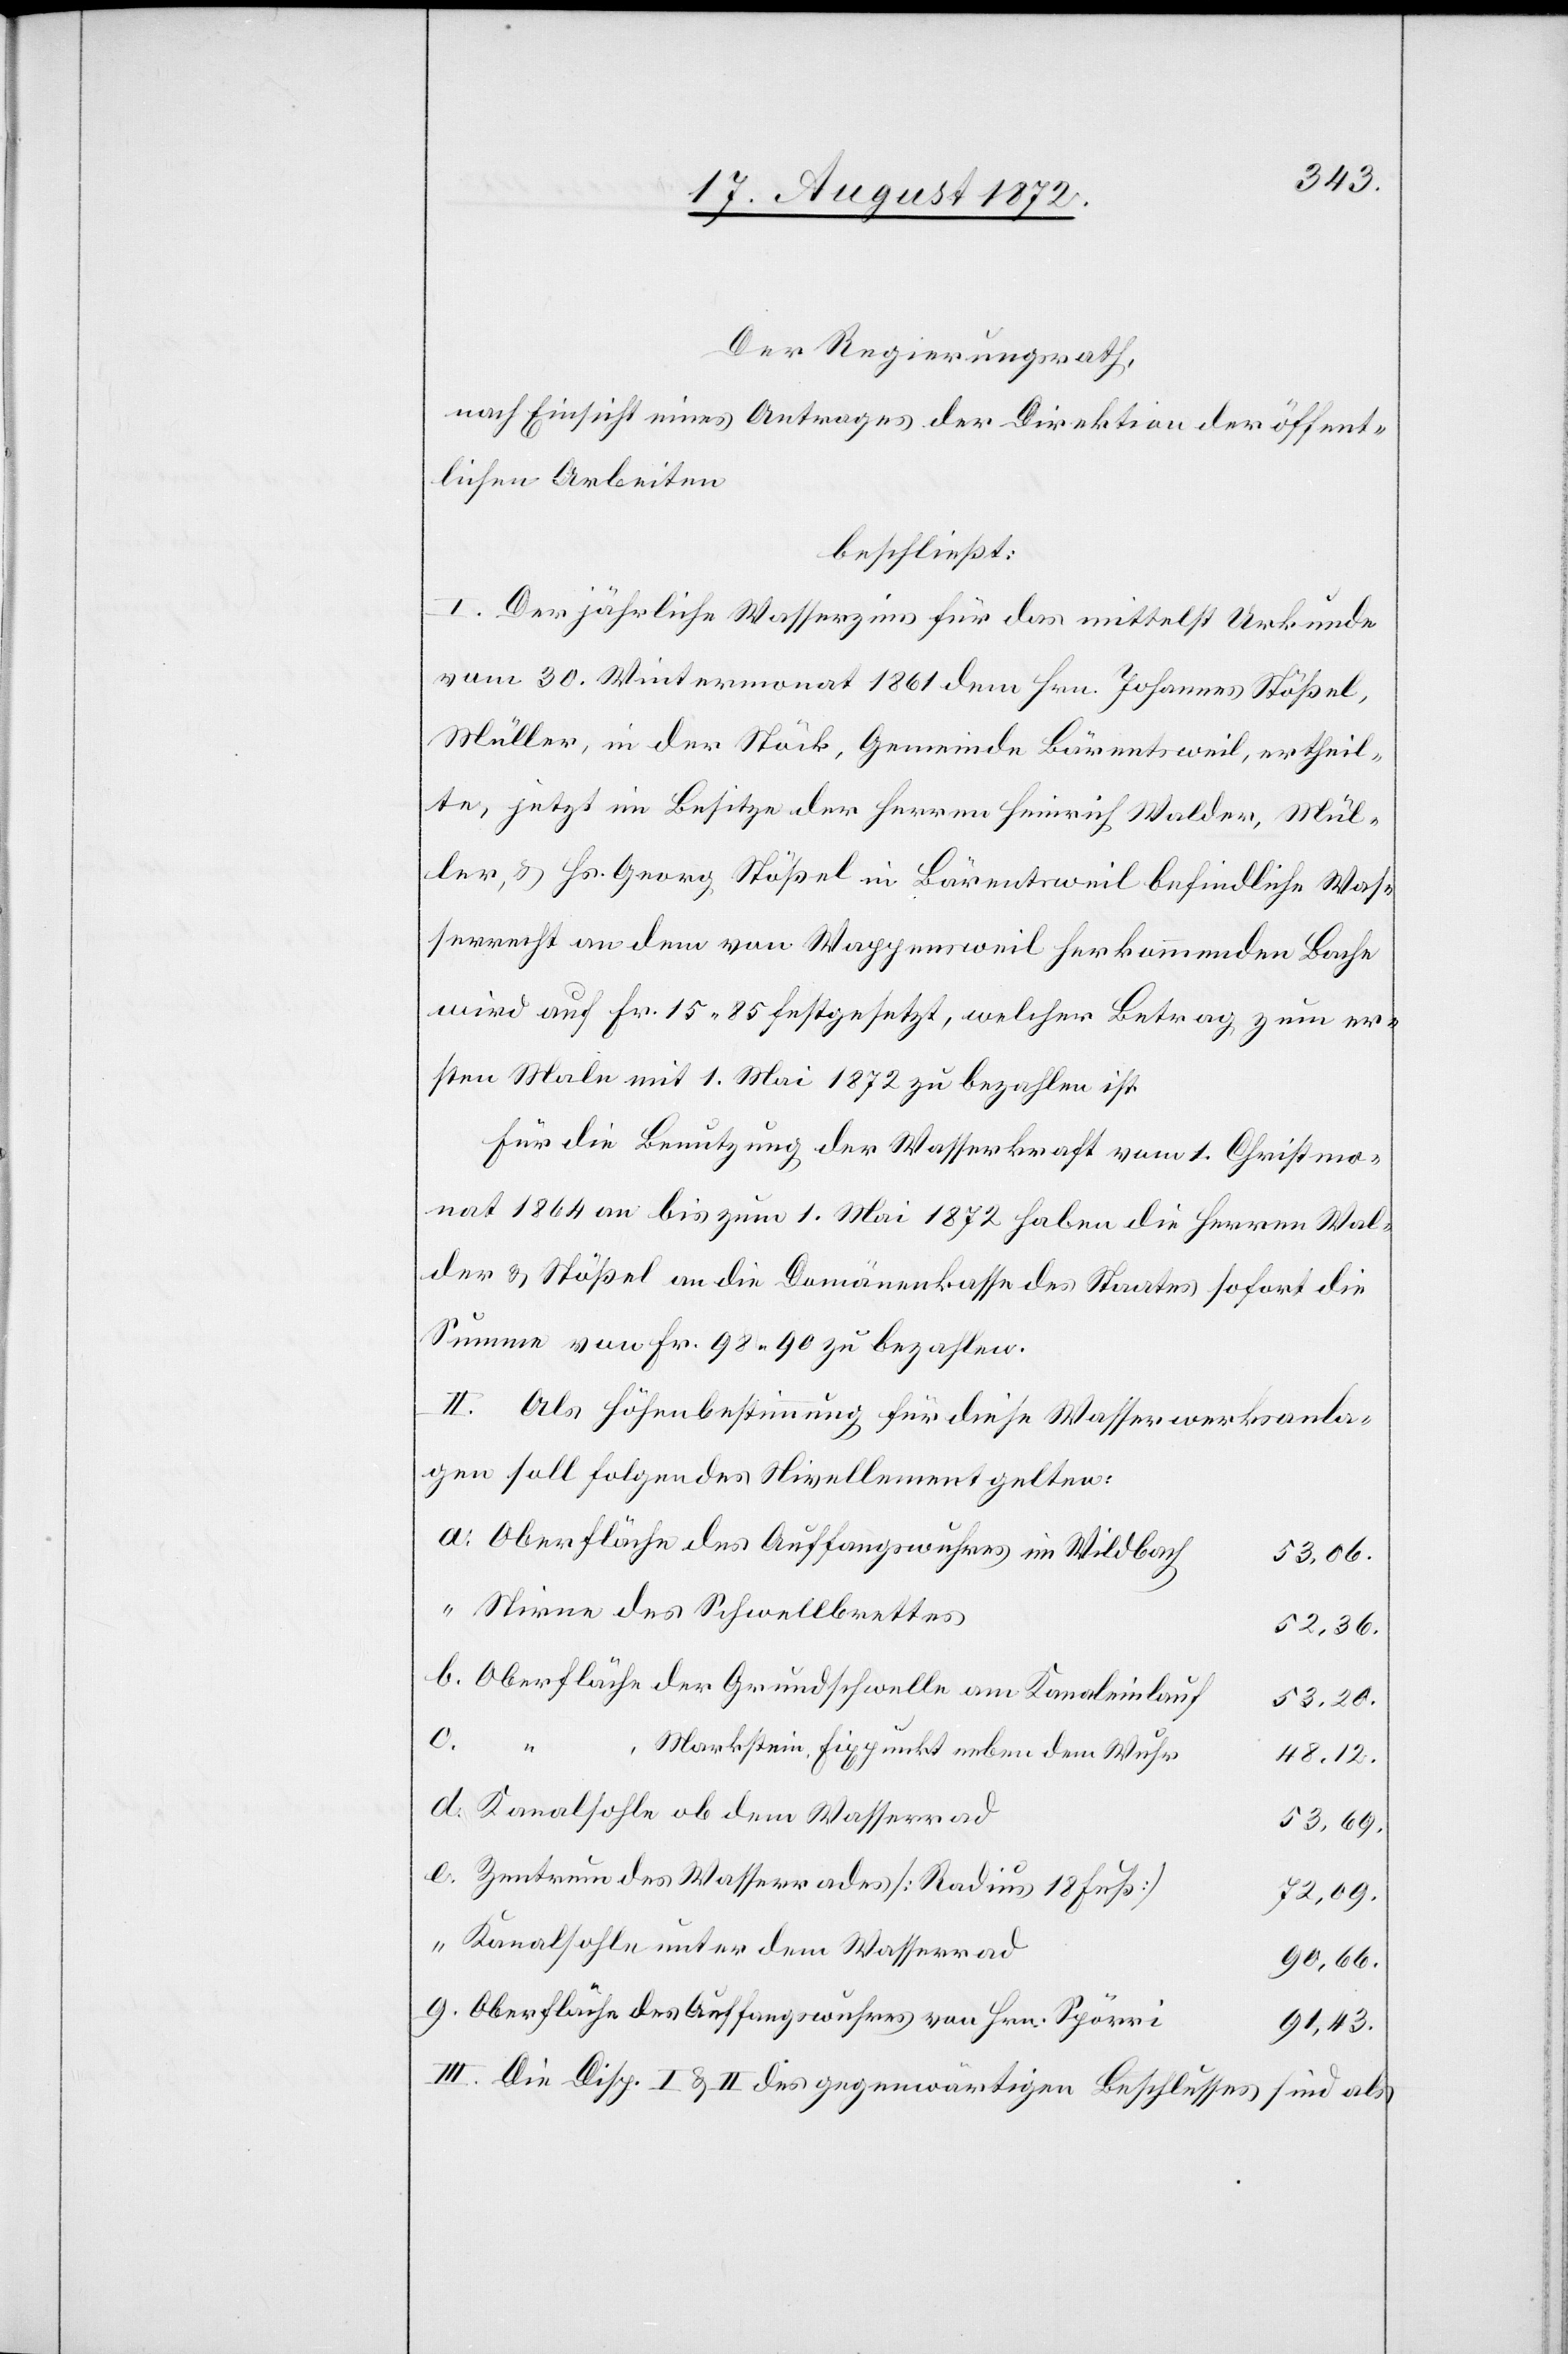
Der Regierungsrath,
nach Einsicht eines Antrages der Direktion der öffent¬
lichen Arbeiten,
beschließt:
I. Der jährliche Wasserzins für das mittelst Urkunde
vom 30. Wintermonat 1861 dem Hrn. Johannes Stößel,
Müller, in der Stöck, Gemeinde Bärentsweil, ertheil¬
te, jetzt im Besitze der Herren Heinrich Walder, Mül¬
ler, u. Hs. Georg Stößel in Bärentsweil befindliche Was¬
serrecht an dem von Wappensweil herkommenden Bache
wird auf Fr. 15 85 festgesetzt, welcher Betrag zum er¬
sten Male mit 1. Mai 1872 zu bezahlen ist.
Für die Benutzung der Wasserkraft vom 1. Christmo¬
nat 1864 an bis zum 1. Mai 1872 haben die Herren Wal¬
der u. Stößel an die Domänenkasse des Staates sofort die
Summe von Fr. 98 90 zu bezahlen.
II. Als Höhenbestimmung für diese Wasserwerksanla¬
gen soll folgendes Nivellement gelten:
Oberfläche des Auffangswuhres im Wildbach
53,06.
Stirne des Schwellbrettes
52,36.
Oberfläche der Grundschwelle am Kanaleinlauf
53,20.
c.
Markstein, Fixpunkt neben dem Wuhr
48,12.
Kanalsohle ob dem Wasserrad
53,69.
Zentrum des Wasserrades [Radius 18 Fuß]
72,09.
Kanalsohle unter dem Wasserrad
90,66.
Oberfläche des Auffangswuhres von Hrn. Spörri
91,43.
III. Die Disp. I u. II des gegenwärtigen Beschlusses sind als